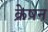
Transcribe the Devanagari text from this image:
क्रेषन